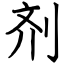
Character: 剂